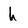
Character: h